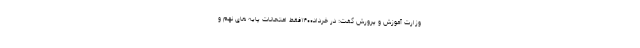
وزارت آموزش و پرورش گفت: در خرداد۱۴۰۰فقط امتحانات پایه های نهم و